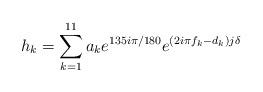
LaTeX: \begin{align*}h_k = \sum_{k=1}^{11} a_k e^{135i \pi / 180} e^{(2i\pi f_k - d_k) j \delta}\end{align*}